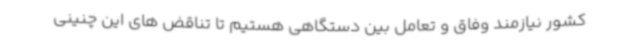
کشور نیازمند وفاق و تعامل بین دستگاهی هستیم تا تناقض های این چنینی